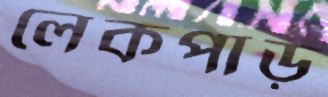
লেকপাড়